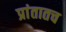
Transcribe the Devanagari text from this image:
प्रांतातच